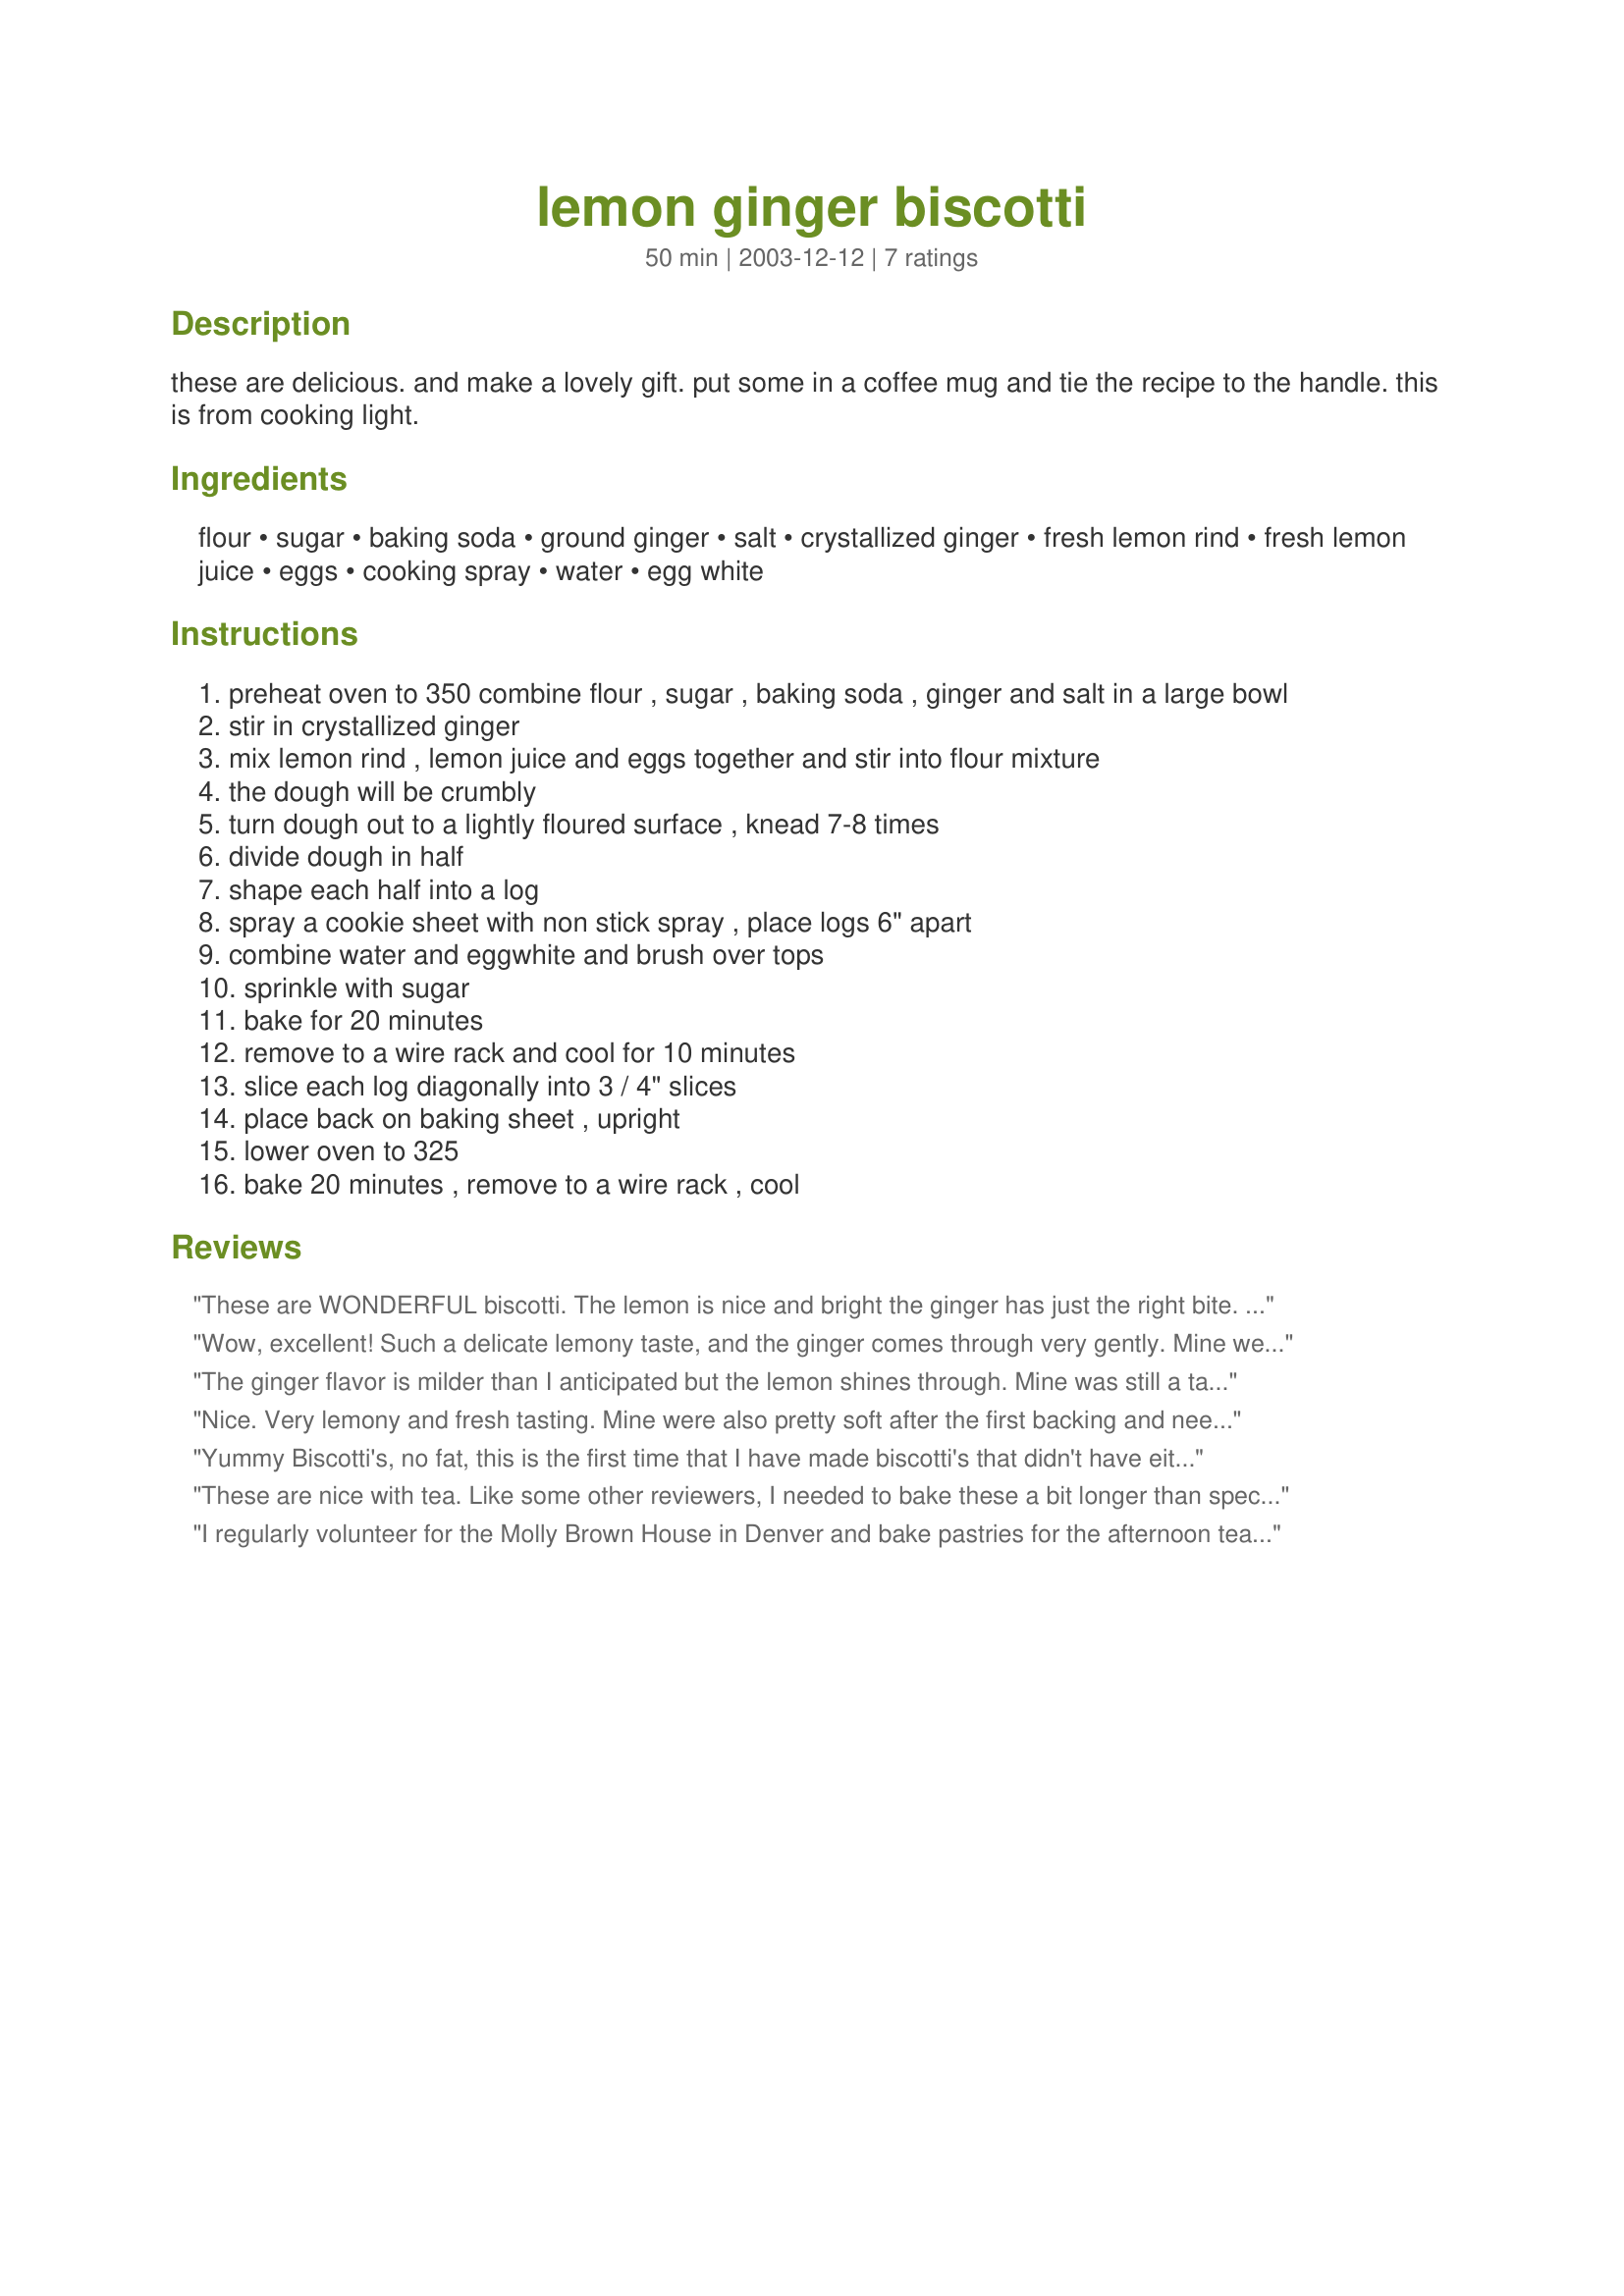
lemon ginger biscotti
Preparation time: 50 minutes

these are delicious. and make a lovely gift. put some in a coffee mug and tie the recipe to the handle. this is from cooking light.

Ingredients:
flour, sugar, baking soda, ground ginger, salt, crystallized ginger, fresh lemon rind, fresh lemon juice, eggs, cooking spray, water, egg white

Steps:
preheat oven to 350 combine flour , sugar , baking soda , ginger and salt in a large bowl
stir in crystallized ginger
mix lemon rind , lemon juice and eggs together and stir into flour mixture
the dough will be crumbly
turn dough out to a lightly floured surface , knead 7-8 times
divide dough in half
shape each half into a log
spray a cookie sheet with non stick spray , place logs 6" apart
combine water and eggwhite and brush over tops
sprinkle with sugar
bake for 20 minutes
remove to a wire rack and cool for 10 minutes
slice each log diagonally into 3 / 4" slices
place back on baking sheet , upright
lower oven to 325
bake 20 minutes , remove to a wire rack , cool

Reviews:
These are WONDERFUL biscotti. The lemon is nice and bright the ginger has just the right bite. It's a wonderful combination. We love biscotti and I'll definitely be making this one again and again.
Wow, excellent! Such a delicate lemony taste, and the ginger comes through very gently. Mine were also a bit soft after the first round in the oven (high altitude?), but crisped up nicely after the second go. I spread a bit of Recipe #188578 on some of them and they are really good with or without. These will be perfect for the Christmas party tonight. Thanks, Chia!
The ginger flavor is milder than I anticipated but the lemon shines through. Mine was still a tad doughy in the center after the first 20 minute bake so I added 10 more minutes before cooling,cutting & rebaking. The biscotti is crunchy but for the very top center of each slice which is softer. This will be a wonderful way to get my fix without the fat. Thanks for sharing!
Nice. Very lemony and fresh tasting. Mine were also pretty soft after the first backing and needed more time in the oven than the recipe calls for. Also, beware, they spread out on the pan more than other biscotti I've made. Make sure the two loaves are far apart from each other.
Yummy Biscotti's, no fat, this is the first time that I have made biscotti's that didn't have either butter or oil in them. They have a nice lemon flavor with the hint of ginger, we love ginger. This recipe will go into my Biscotti cookbook. Thank you Chia.
These are nice with tea. Like some other reviewers, I needed to bake these a bit longer than specified.
I regularly volunteer for the Molly Brown House in Denver and bake pastries for the afternoon teas. These biscotti are perfect dipped in a cup of tea. I used fresh grated ginger instead of ground to up the ginger spice a little. Because the dough is sticky, I put the mixing bowl of dough in the fridge for about half an hour before trying to handle it. I shaped four smaller logs by hand (and I kept wetting my hands to keep them from sticking) to make mini-biscotti which when sliced diagonally were about four inches long. These are very pretty and tasty accompaniments to coffee and tea!
